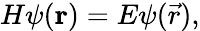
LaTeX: H\psi(\mathbf{r})=E\psi(\vec{r}),